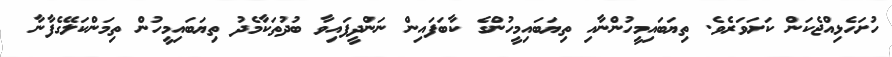
ހުށަހެޅިއްޖެކަން ކަށަވަރެވެ. ތިޔަބައިމީހުންނާއި ތިޔަބައިމީހުންގެ ކާބަފައިން ނަންދީފައިވާ ބުދުތަކާމެދު ތިޔަބައިމީހުން ތިމަންކަލޭގެފާނާ